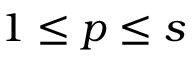
1 \le p \le s